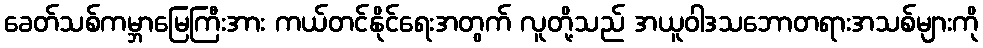
ခေတ်သစ်ကမ္ဘာမြေကြီးအား ကယ်တင်နိုင်ရေးအတွက် လူတို့သည် အယူဝါဒသဘောတရားအသစ်များကို